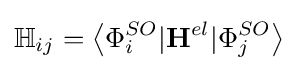
\mathbb {H} _{ij}=\left\langle \Phi _{i}^{SO}|\mathbf {H} ^{el}|\Phi _{j}^{SO}\right\rangle